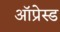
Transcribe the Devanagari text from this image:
ऑप्रेस्ड